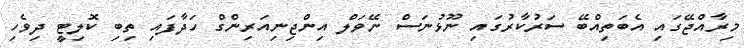
މިރާއްޖޭގައި އެބަތިއްބޭ ސަރުކާރުގައި ނޫޅުނަސް ނޭވަލް އިންޖިނިއަރިންގް ހަދާފައި ތިބި ކޮލިޓީ ދިވެހި